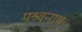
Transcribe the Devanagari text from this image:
पश्र्वनाथ